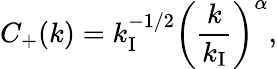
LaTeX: C_{+}(k)=k_{\mathrm{I}}^{-1/2}\left(\frac{k}{k_{\mathrm{I}}}\right)^{\alpha},